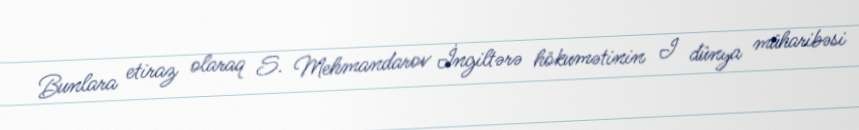
Bunlara etiraz olaraq S. Mehmandarov İngiltərə hökumətinin I dünya müharibəsi